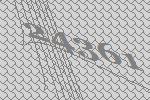
24361